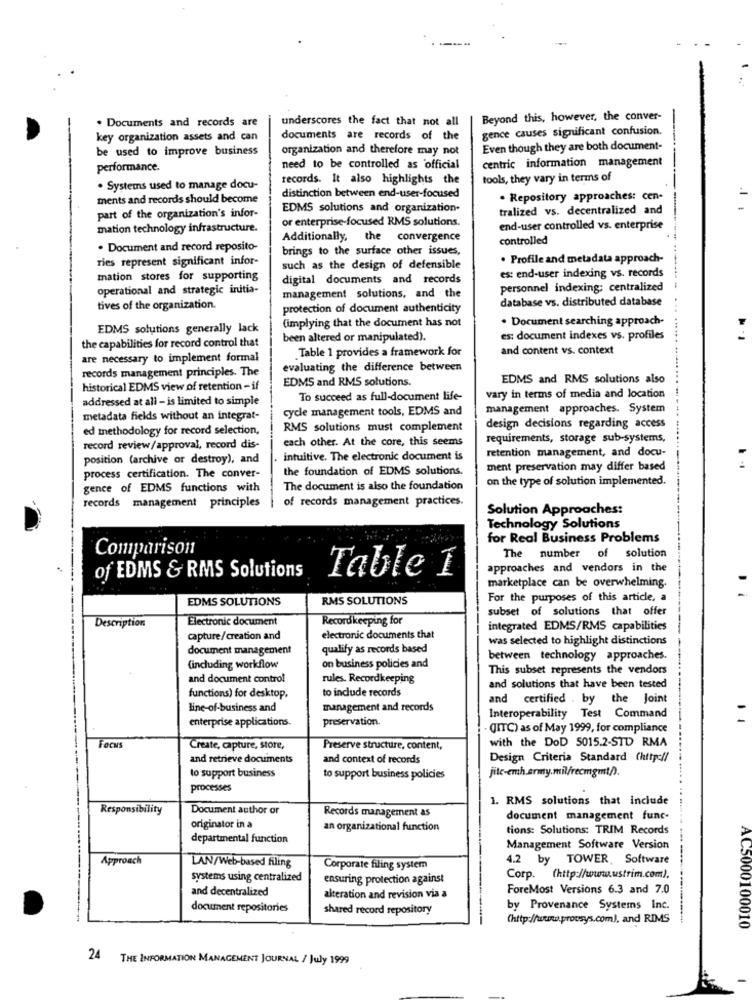
. Documents and records are
underscores the fact that not all
Beyond this, however, the conver-
gence causes significant confusion.
key organization assets and can
documents are records of the
be used to improve business
organization and therefore may not
Even though they are both document-
centric information management
performance.
need to be controlled as official
records. It also highlights the
tools, they vary in terms of
· Systems used to manage docu-
ments and records should become
distinction between end-user-focused
. Repository approaches: cen-
EDMS solutions and organization.
tralized vs. decentralized and
part of the organization's infor-
or enterprise-focused RMS solutions.
mation technology infrastructure.
end-user controlled vs. enterprise
Additionally, the convergence
controlled
. Document and record reposito-
brings to the surface other issues,
ries represent significant infor-
. Profile and metadata approach-
such as the design of defensible
mation stores for supporting
digital documents and records
es: end-user indexing vs. records
operational and strategic initia-
personnel indexing: centralized
management solutions, and the
database vs. distributed database
tives of the organization.
protection of document authenticity
. Document searching approach-
EDMS solutions generally lack
(implying that the document has not
been altered or manipulated).
es: document indexes vs. profiles
the capabilities for record control that
Table 1 provides a framework for
and content vs. context
are necessary to implement formal
records management principles. The
evaluating the difference between
EDMS and RMS solutions.
EDMS and RMS solutions also
historical EDMS view of retention - if
addressed at all - is limited to simple
To succeed as full-document life-
vary in terms of media and location
cycle management tools, EDMS and
management approaches. System
metadata fields without an integrat-
ed methodology for record selection,
RMS solutions must complement
design decisions regarding access
each other. At the core, this seems
requirements, storage sub-systems,
record review/approval, record dis-
retention management, and docu-
position (archive or destroy), and
. intuitive. The electronic document is
the foundation of EDMS solutions.
ment preservation may differ based
process certification. The conver-
on the type of solution implemented.
gence of EDMS functions with
The document is also the foundation
of records management practices.
records management principles
Solution Approaches:
Technology Solutions
for Real Business Problems
Comparison
The number of solution
approaches and vendors in the
of EDMS & RMS Solutions
Table 1
marketplace can be overwhelming
EDMS SOLUTIONS
RMS SOLUTIONS
For the purposes of this article, a
subset of solutions that offer
Description
Electronic document
Record keeping for
integrated EDMS/RMS capabilities
capture/creation and
electronic documents that
was selected to highlight distinctions
document management
qualify as records based
between technology approaches.
(including workflow
on business policies and
This subset represents the vendors
and document control
rules. Recordkeeping
to include records
and solutions that have been tested
functions) for desktop,
and certified . by the Joint
line-of-business and
management and records
enterprise applications.
preservation.
Interoperability Test Command
(ITC) as of May 1999, for compliance
FOCUS
Create, capture, store,
Preserve structure, content,
with the DoD 5015.2-STD RMA
and retrieve documents
and context of records
Design Criteria Standard (http://
to support business
jite-emh.army.mil/recmgmt/).
to support business policies
processes
1. RMS solutions that include
Responsibility
Document author or
Records management as
document management func-
originator in a
an organizational function
tions: Solutions: TRIM Records
departmental function
Management Software Version
Approach
4.2 by TOWER, Software
LAN/Web-based filing
Corporate filing system
systems using centralized
ensuring protection against
Corp. (http://www.wstrim.com),
and decentralized
ForeMost Versions 6.3 and 7.0
alteration and revision via a
document repositories
shared record repository
by Provenance Systems Inc.
(http://www.prousys.com), and RIMS
AC5000100010
24 THE INFORMATION MANAGEMENT JOURNAL / July 1999